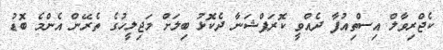
ކެޖްރިވާލް އިސްތިއުފާ ދެއްވީ ކޮރަޕްޝަނާ ދެކޮޅު ބިލަށް މަޖިލީހުގެ ތެރޭން އެންމެ ބޮޑު